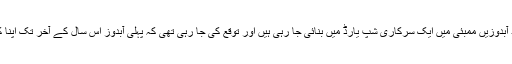
خیال رہے کہ یہ جدید آبدوزیں ممبئی میں ایک سرکاری شپ یارڈ میں بنائی جا رہی ہیں اور توقع کی جا رہی تھی کہ پہلی آبدوز اس سال کے آخر تک اپنا کام شروع کر دے گی۔